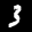
Label: 3